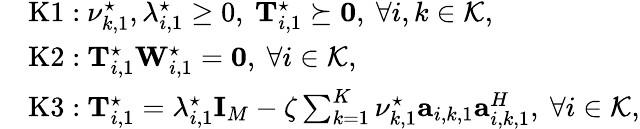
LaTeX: \begin{array}{rl}&{\mathrm{K1:}\ \nu_{k,1}^{\star},\lambda_{i,1}^{\star}\geq 0,\ \mathbf T_{i,1}^{\star}\succeq\mathbf 0,\ \forall i,k\in\mathcal K,}\\ &{\mathrm{K2:}\ \mathbf T_{i,1}^{\star}\mathbf W_{i,1}^{\star}=\mathbf 0,\ \forall i\in\mathcal K,}\\ &{\mathrm{K3:}\ \mathbf T_{i,1}^{\star}=\lambda_{i,1}^{\star}\mathbf I_{M}-\zeta\sum_{k=1}^{K}\nu_{k,1}^{\star}\mathbf a_{i,k,1}\mathbf a_{i,k,1}^{H},\ \forall i\in\mathcal K,}\end{array}